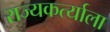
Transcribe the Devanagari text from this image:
राज्यकर्त्याला